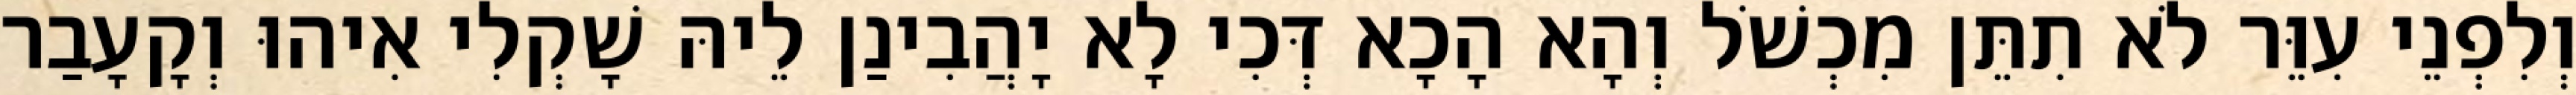
וְלִפְנֵי עִוֵּר לֹא תִתֵּן מִכְשֹׁל וְהָא הָכָא דְּכִי לָא יָהֲבִינַן לֵיהּ שָׁקְלִי אִיהוּ וְקָעָבַר